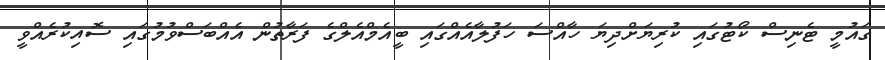
ގައުމީ ޓެނިސް ކޯޓުގައި ކުރިޔަށްދިޔަ ހާއްސަ ހަފުލާއެއްގައި ބީއެމްއެލްގެ ފަރާތުން އެއްބަސްވުމުގައި ސޮއިކުރެއްވީ